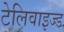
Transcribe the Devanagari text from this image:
टेलिवाइज्ड